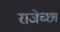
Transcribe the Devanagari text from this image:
राजेच्छा